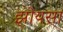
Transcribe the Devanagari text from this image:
झोयसा